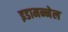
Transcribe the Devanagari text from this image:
इडामन्नेल